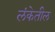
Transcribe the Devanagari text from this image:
लंकेतील